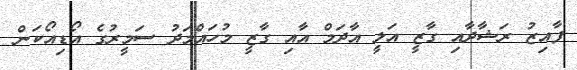
ފާއިޒު ރަޝާދާއި ގާޒީ އަލީ އާދަމް އާއި ގާޒީ މުހައްމަދު ސަމީރުގެ އޯޑިއޯކަން